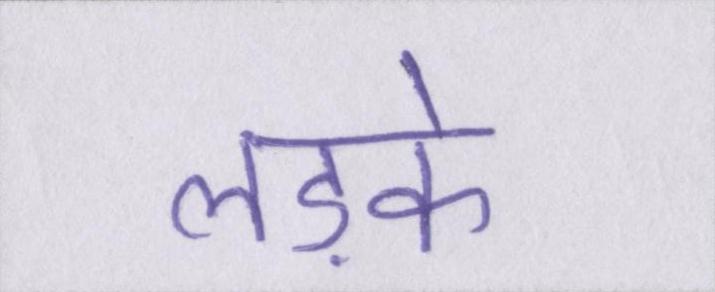
लड़के